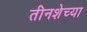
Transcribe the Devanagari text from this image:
तीनशेच्या